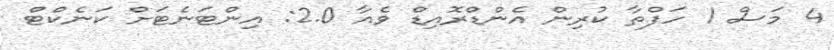
4 މަސް 1 ހަފްތާ ކުރިން އެންޑްރޮއިޑް ވެއާ 2.0: އިންޓަނެޓަށް ކަނެކްޓް